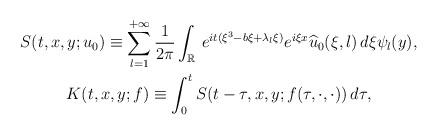
LaTeX: \begin{align*} \begin{gathered}S(t,x,y;u_0) \equiv \sum_{l=1}^{+\infty} \frac{1}{2\pi}\int_{\mathbb R}\, e^{it(\xi^3-b\xi+\lambda_l\xi)} e^{i\xi x}\widehat{u}_0(\xi,l)\,d\xi \psi_l(y),\\K(t,x,y;f)\equiv\int^t_0 S(t-\tau,x,y;f(\tau,\cdot,\cdot))\,d\tau,\end{gathered}\end{align*}